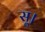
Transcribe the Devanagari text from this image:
सू।